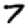
Digit: 7